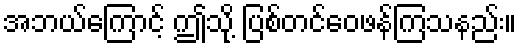
အဘယ်ကြောင့် ဤသို့ ပြစ်တင်ဝေဖန်ကြသနည်း။